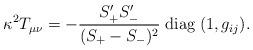
LaTeX: \begin{align*}\kappa^2T_{\mu\nu}=-\frac{S_+^\prime S_-^\prime}{(S_+-S_-)^2}\;{\rm diag}\;(1,g_{ij}).\end{align*}